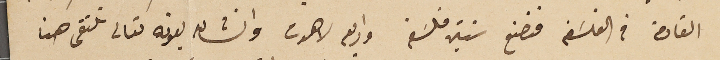
القادمة في الفلسَفة فنصنع سنتي فلسَفة واربعه لاهوت وانشالله بعونه تعالى نلتقى هنا